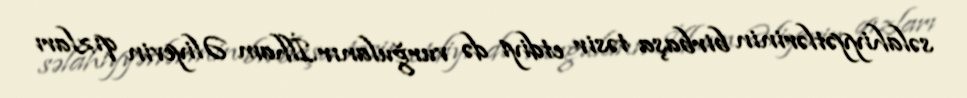
səlahiyyətlərinin birbaşa təsir etdiyi də vurğulanır.İlham Əliyevin qızları